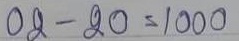
02 - 20 = 1000